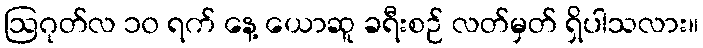
ဩဂုတ်လ ၁၀ ရက် နေ့ ယောဆူ ခရီးစဉ် လတ်မှတ် ရှိပါသလား။